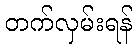
တက်လှမ်းရန်